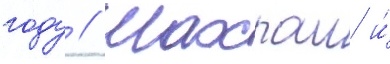
году // Шахраи и́